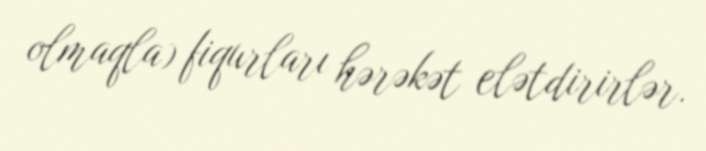
olmaqla) fiqurları hərəkət elətdirirlər.